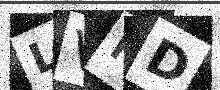
Text: LVMD